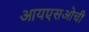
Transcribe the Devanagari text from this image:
आयएसओची